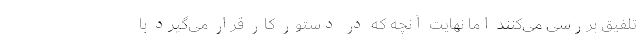
تلفیق بررسی می‌کنند اما نهایت آنچه که در دستور کار قرار می‌گیرد با